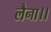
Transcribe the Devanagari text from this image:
लैना।।